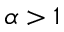
\alpha > 1